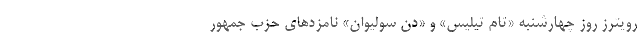
رویترز روز چهارشنبه «تام تیلیس» و «دن سولیوان» نامزدهای حزب جمهور